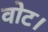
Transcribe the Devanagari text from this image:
वोट।